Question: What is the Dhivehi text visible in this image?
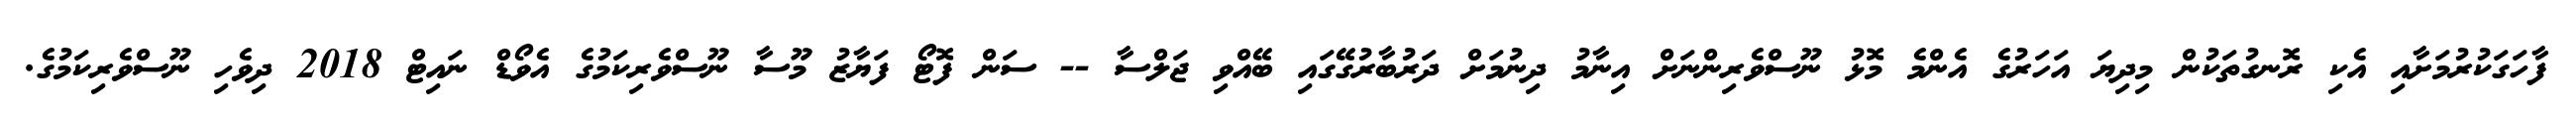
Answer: ފާހަގަކުރުމަށާއި އެކި ރޮނގުތަކުން މިދިޔަ އަހަރުގެ އެންމެ މޮޅު ނޫސްވެރިންނަށް އިނާމު ދިނުމަށް ދަރުބާރުގޭގައި ބޭއްވި ޖަލްސާ -- ސަން ފޮޓޯ ފަޔާޒު މޫސާ ނޫސްވެރިކަމުގެ އެވޯޑް ނައިޓް 2018 ދިވެހި ނޫސްވެރިކަމުގެ.